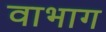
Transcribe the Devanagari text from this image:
वाभाग